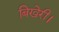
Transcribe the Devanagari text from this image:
बिखेरी।